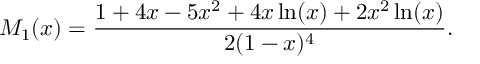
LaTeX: M _ { 1 } ( x ) = \frac { 1 + 4 x - 5 x ^ { 2 } + 4 x \ln ( x ) + 2 x ^ { 2 } \ln ( x ) } { 2 ( 1 - x ) ^ { 4 } } .